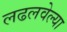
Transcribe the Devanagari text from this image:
लढलवेल्या